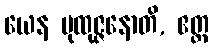
ယေန ပုထုဇ္ဇနောတိ, ဧတ္ထ